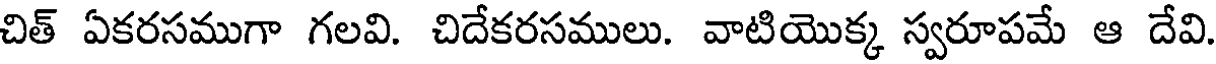
చిత్ ఏకరసముగా గలవి. చిదేకరసములు. వాటియొక్క స్వరూపమే ఆ దేవి.